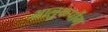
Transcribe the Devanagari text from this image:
भालुकपोंग